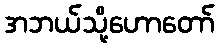
အဘယ်သို့ဟောတော်